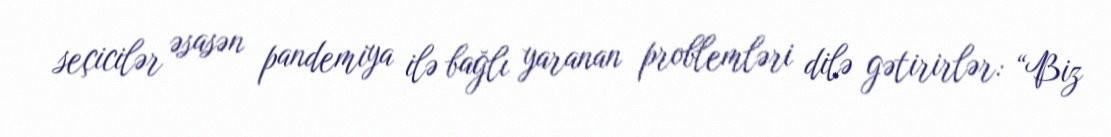
seçicilər əsasən pandemiya ilə bağlı yaranan problemləri dilə gətirirlər: “Biz